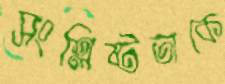
সংশ্লিষ্টতাকে